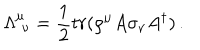
\Lambda _ { \, \, \nu } ^ { \mu } = \frac { 1 } { 2 } t r ( \rho ^ { \mu } A \sigma _ { \nu } A ^ { \dagger } ) \, .